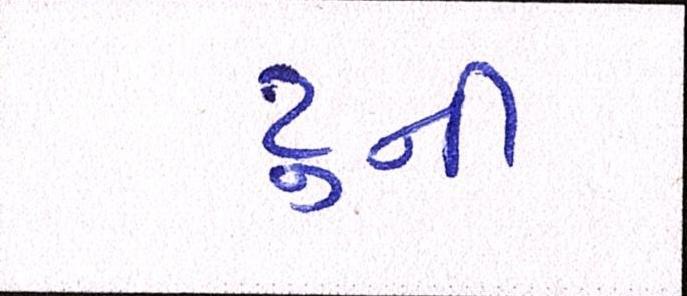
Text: ટુની